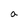
Character: a